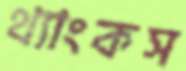
থ্যাংকস